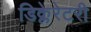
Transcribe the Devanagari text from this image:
डिक्लेरेटरी